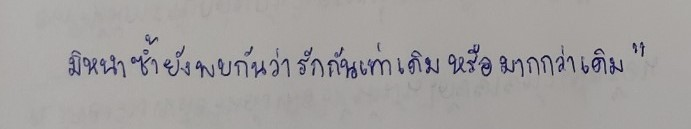
มิหนำซ้ำยังพบกันว่ารักกันเท่าเดิมหรือมากกว่าเดิม"